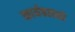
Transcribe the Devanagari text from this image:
कार्यबलको